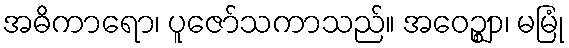
အဓိကာရော၊ ပူဇော်သကာသည်။ အဝေဉ္ဈာ၊ မမြုံ